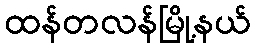
ထန်တလန်မြို့နယ်